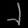
Digit: ၂